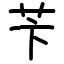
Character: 苄